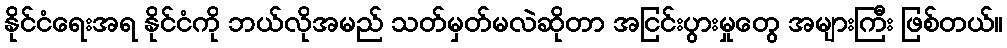
နိုင်ငံရေးအရ နိုင်ငံကို ဘယ်လိုအမည် သတ်မှတ်မလဲဆိုတာ အငြင်းပွားမှုတွေ အများကြီး ဖြစ်တယ်။